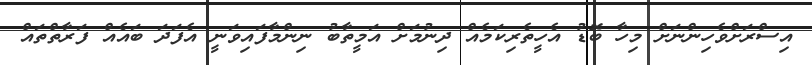
އިސްރަށްވެހިންނަށް މިހާ ބޮޑު އެހީތެރިކަމެއް ދިނުމަށް އަމީތާބު ނިންމާފައިވަނީ އެފަދަ ބައެއް ފަރާތްތައް